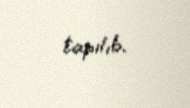
tapılıb.